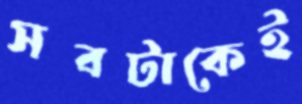
সবটাকেই